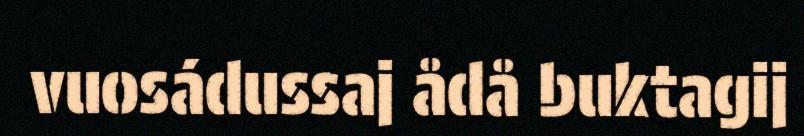
vuosádussaj ådå buktagij